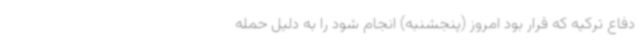
دفاع ترکیه که قرار بود امروز (پنجشنبه) انجام شود را به دلیل حمله